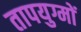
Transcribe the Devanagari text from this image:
तापयुग्मों